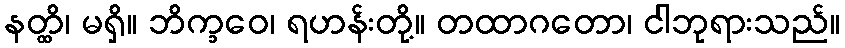
နတ္ထိ၊ မရှိ။ ဘိက္ခဝေ၊ ရဟန်းတို့။ တထာဂတော၊ ငါဘုရားသည်။